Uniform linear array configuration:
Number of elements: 4
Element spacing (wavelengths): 0.5
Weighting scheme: binomial
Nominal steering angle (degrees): -30
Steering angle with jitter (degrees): -30.088
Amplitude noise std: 0.05
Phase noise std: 0.05

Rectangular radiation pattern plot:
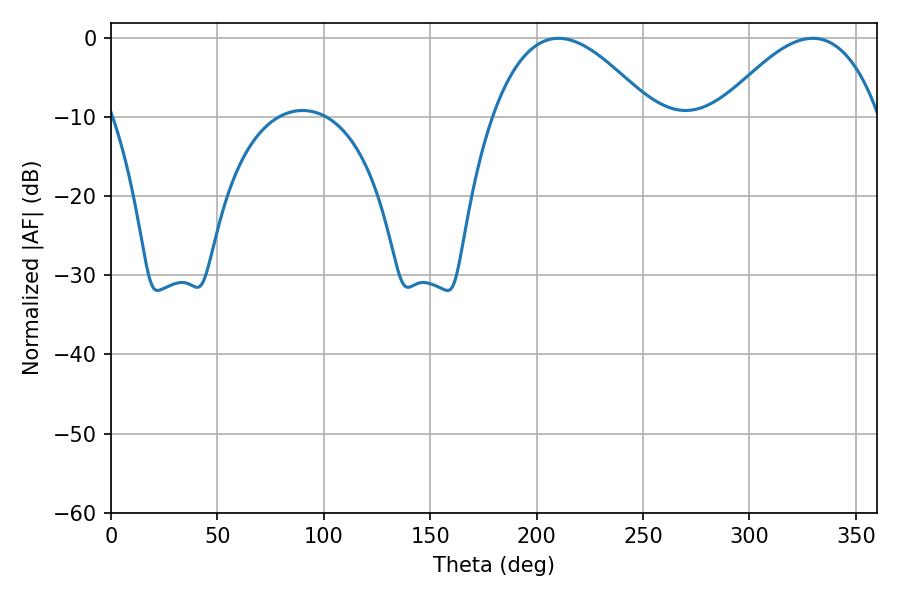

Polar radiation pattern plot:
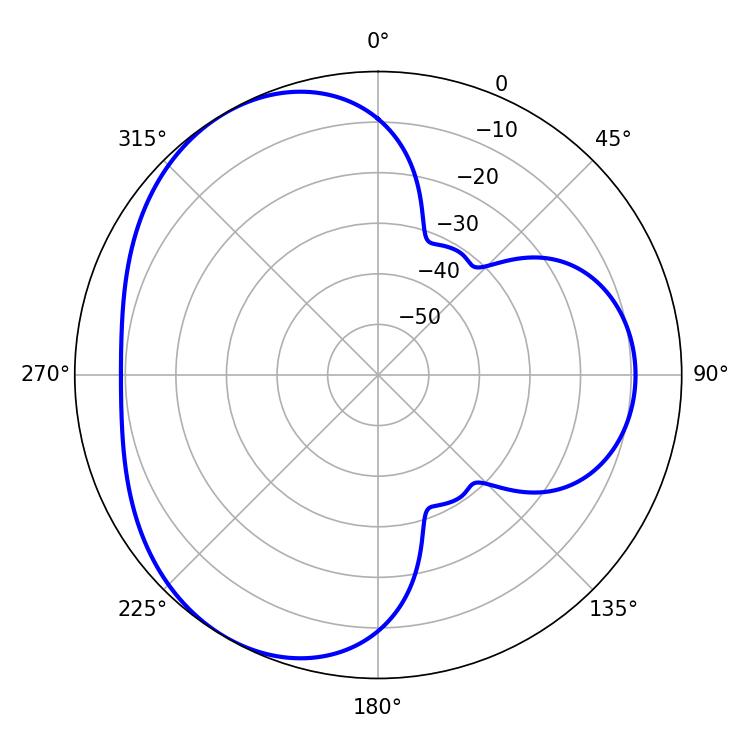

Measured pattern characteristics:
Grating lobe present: FALSE
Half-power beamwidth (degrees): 41.04
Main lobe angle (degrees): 210.24